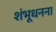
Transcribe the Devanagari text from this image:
शंभूधनना